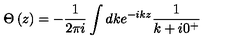
\Theta \left( z \right) = - \frac { 1 } { 2 \pi i } \int d k e ^ { - i k z } \frac { 1 } { k + i 0 ^ { + } }